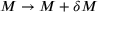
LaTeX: M \to M + \delta M